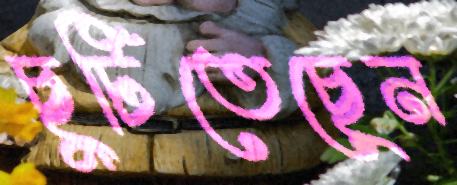
ছুটিতেছেন